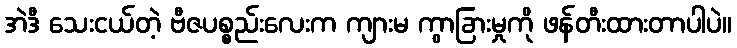
အဲဒီ သေးငယ်တဲ့ ဗီဇပစ္စည်းလေးက ကျားမ ကွာခြားမှုကို ဖန်တီးထားတာပါပဲ။